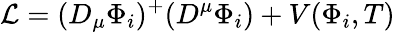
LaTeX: {\cal L}=(D_{\mu}\Phi_{i})^{+}(D^{\mu}\Phi_{i})+V(\Phi_{i},T)